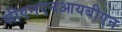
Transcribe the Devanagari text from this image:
सीएनएनआयबीएन